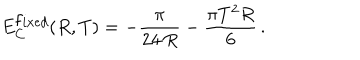
LaTeX: E _ { C } ^ { { \mathrm { f } i x e d } } ( R , T ) = - \frac { \pi } { 2 4 \, R } - \frac { \pi T ^ { 2 } R } { 6 } \, { . }